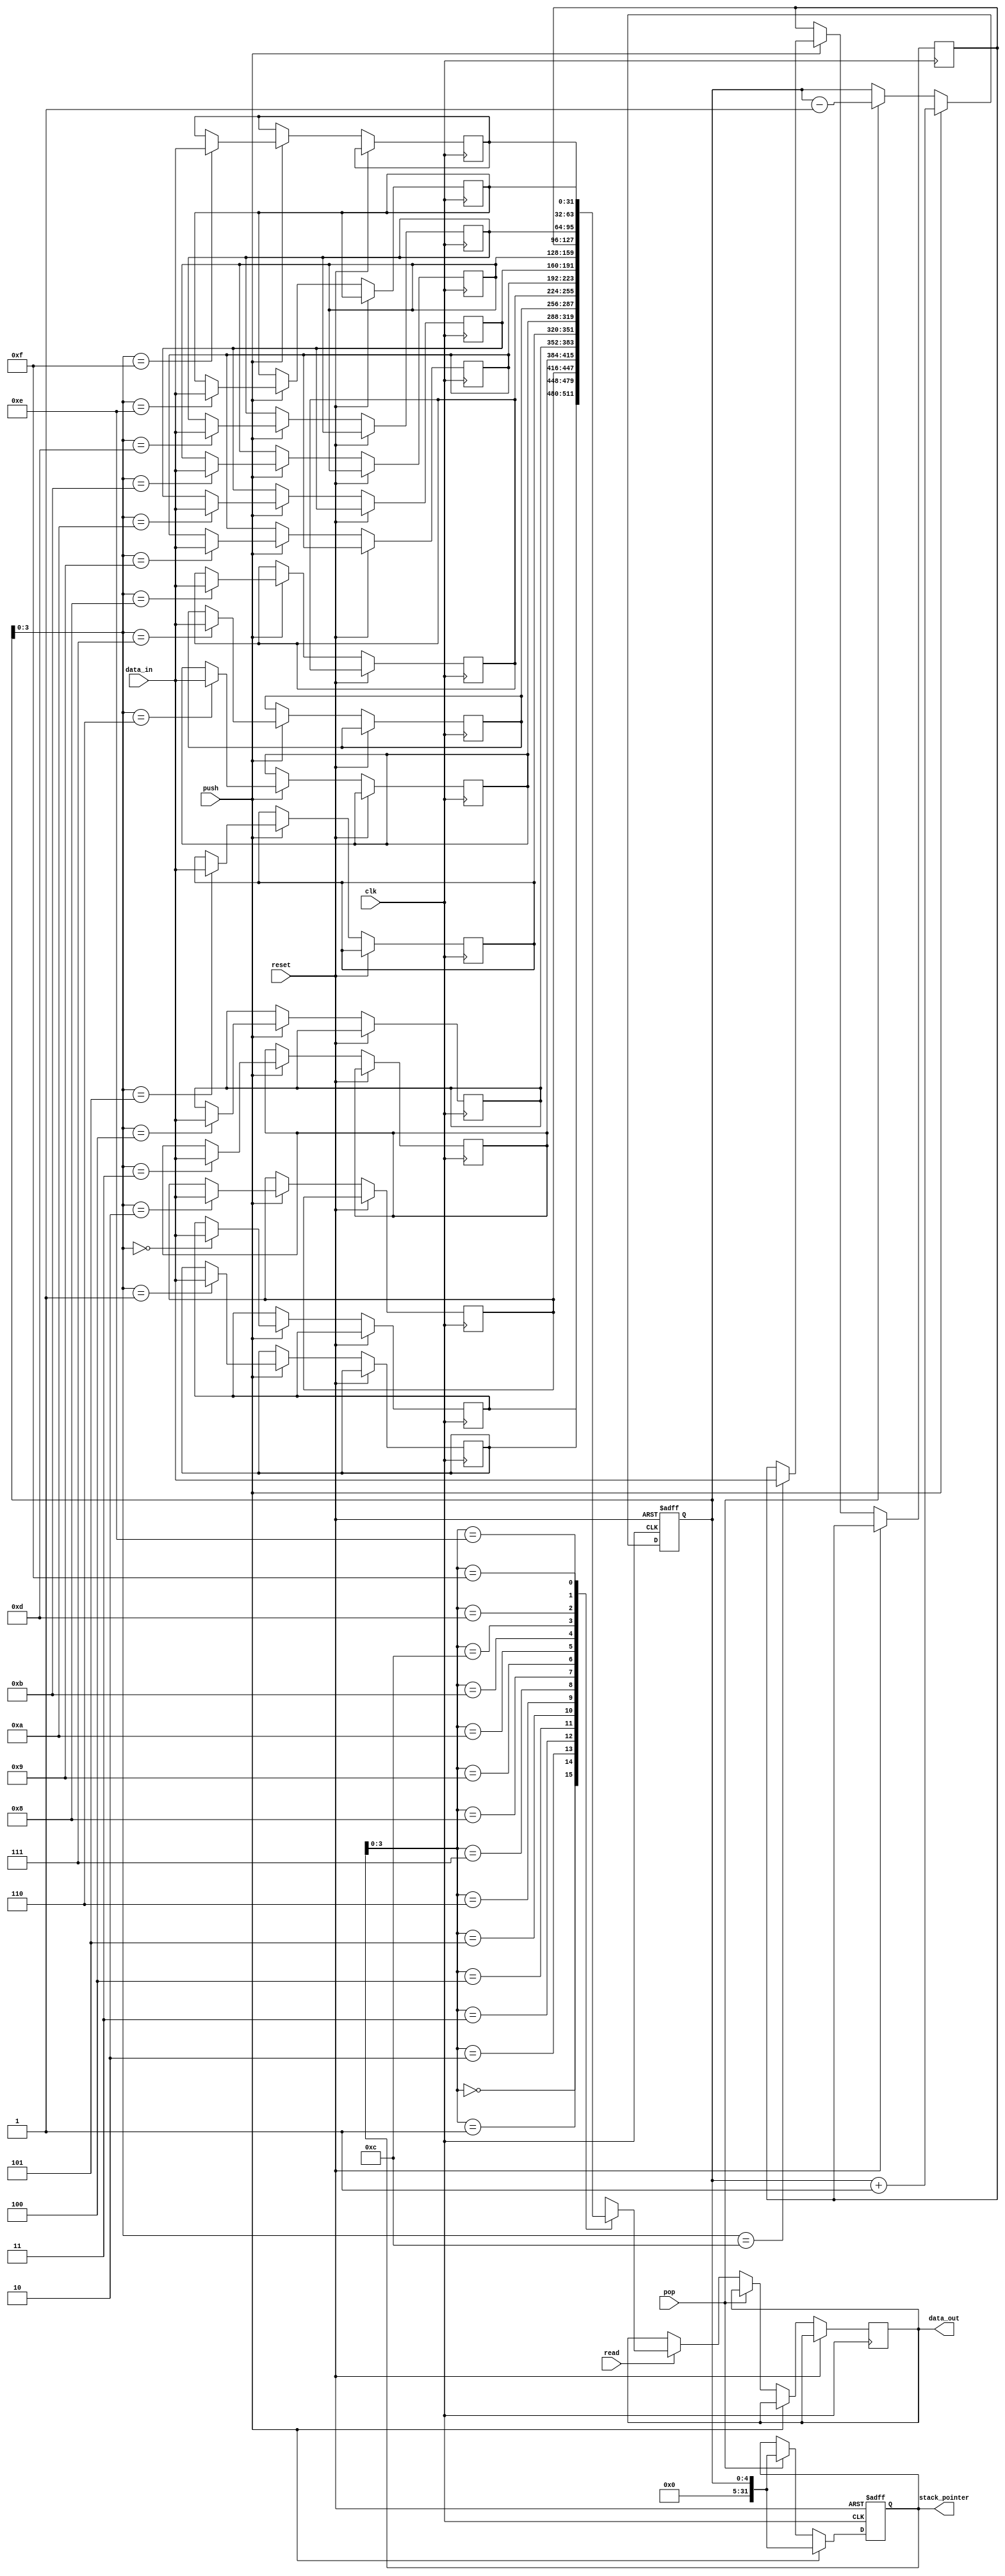
module MemoryBlocksStack(

input wire clk,
input wire reset,
input wire push,
input wire pop,
input wire read,
input wire [31:0] data_in,
output reg [31:0] data_out,
output reg [31:0] stack_pointer

);

reg [31:0] memory_blocks [0:15]; // assuming 16 memory blocks

reg [4:0] top_of_stack;

always @(posedge clk or posedge reset)
begin
 if (reset)
 begin
 top_of_stack <= 0;
 stack_pointer <= 0;
 end
 else
 begin
 if(push)
 begin
 memory_blocks[top_of_stack] <= data_in;
 top_of_stack <= top_of_stack + 1;
 stack_pointer <= top_of_stack;
 end
 else if(pop)
 begin
 top_of_stack <= top_of_stack - 1;
 stack_pointer <= top_of_stack;
 end
 else if(read)
 begin
 data_out <= memory_blocks[stack_pointer];
 end
 end
end

endmodule